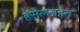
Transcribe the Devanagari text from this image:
हेसेल्टाइन